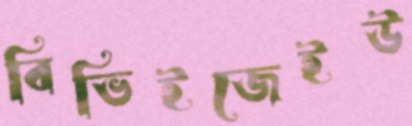
বিভিইজেইউ